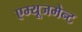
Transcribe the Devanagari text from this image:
एम्‍यूजमेन्‍ट